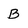
Character: B